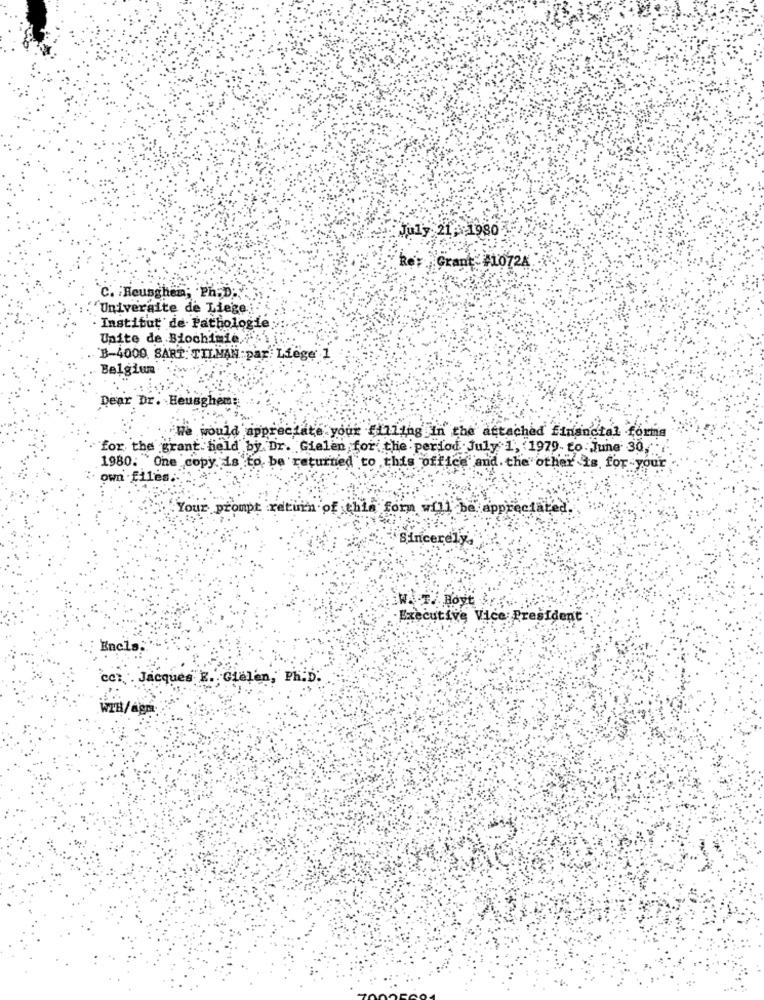
July 21: 1980
Grant #1072A
C. Heunghen; Ph.D .,
"Universite de Liege
Institut de Pathologie
Unite de Biochimie,F
B-4000. SART: TILMAN par: Liege 1
Belgiun
Dear Dr. Heusghen
We would appreciate your filling in the attached financial forma
for the grant held by Dr. Gielen for the period July 1, (1979 to June 30,
1980. One copy. is to be returned to this office and. the other is for your
own .files.
Your prompt return of this form will be appreciated.
Sincerely,
Executive Vice President
Encls.
cc: . Jacques E. Gielen, Ph.D.
WTB/agm